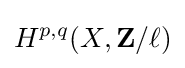
H^{p,q}(X,\mathbf {Z} /\ell )